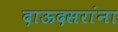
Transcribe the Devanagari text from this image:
दाऊदसरांना